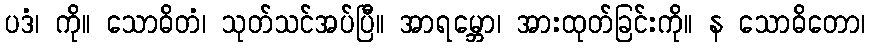
ပဒံ၊ ကို။ သောဓိတံ၊ သုတ်သင်အပ်ပြီ။ အာရမ္ဘော၊ အားထုတ်ခြင်းကို။ န သောဓိတော၊